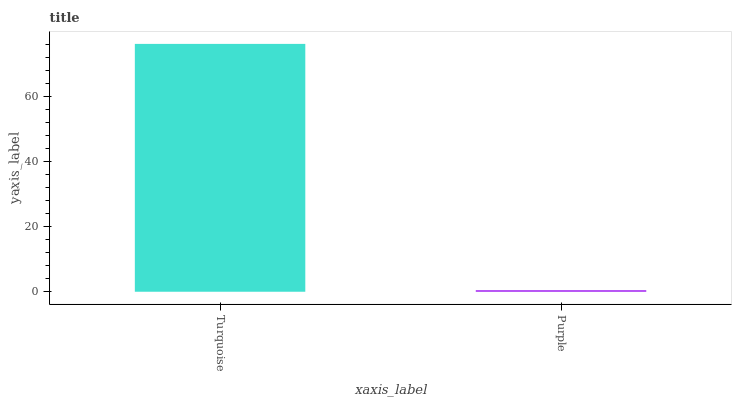
| xaxis_label | bars |
 | --- | --- |
 | Turquoise | 76.1 |
 | Purple | 0.462 |